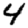
Digit: 4